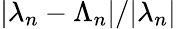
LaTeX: |\lambda_{n}-\Lambda_{n}|/|\lambda_{n}|